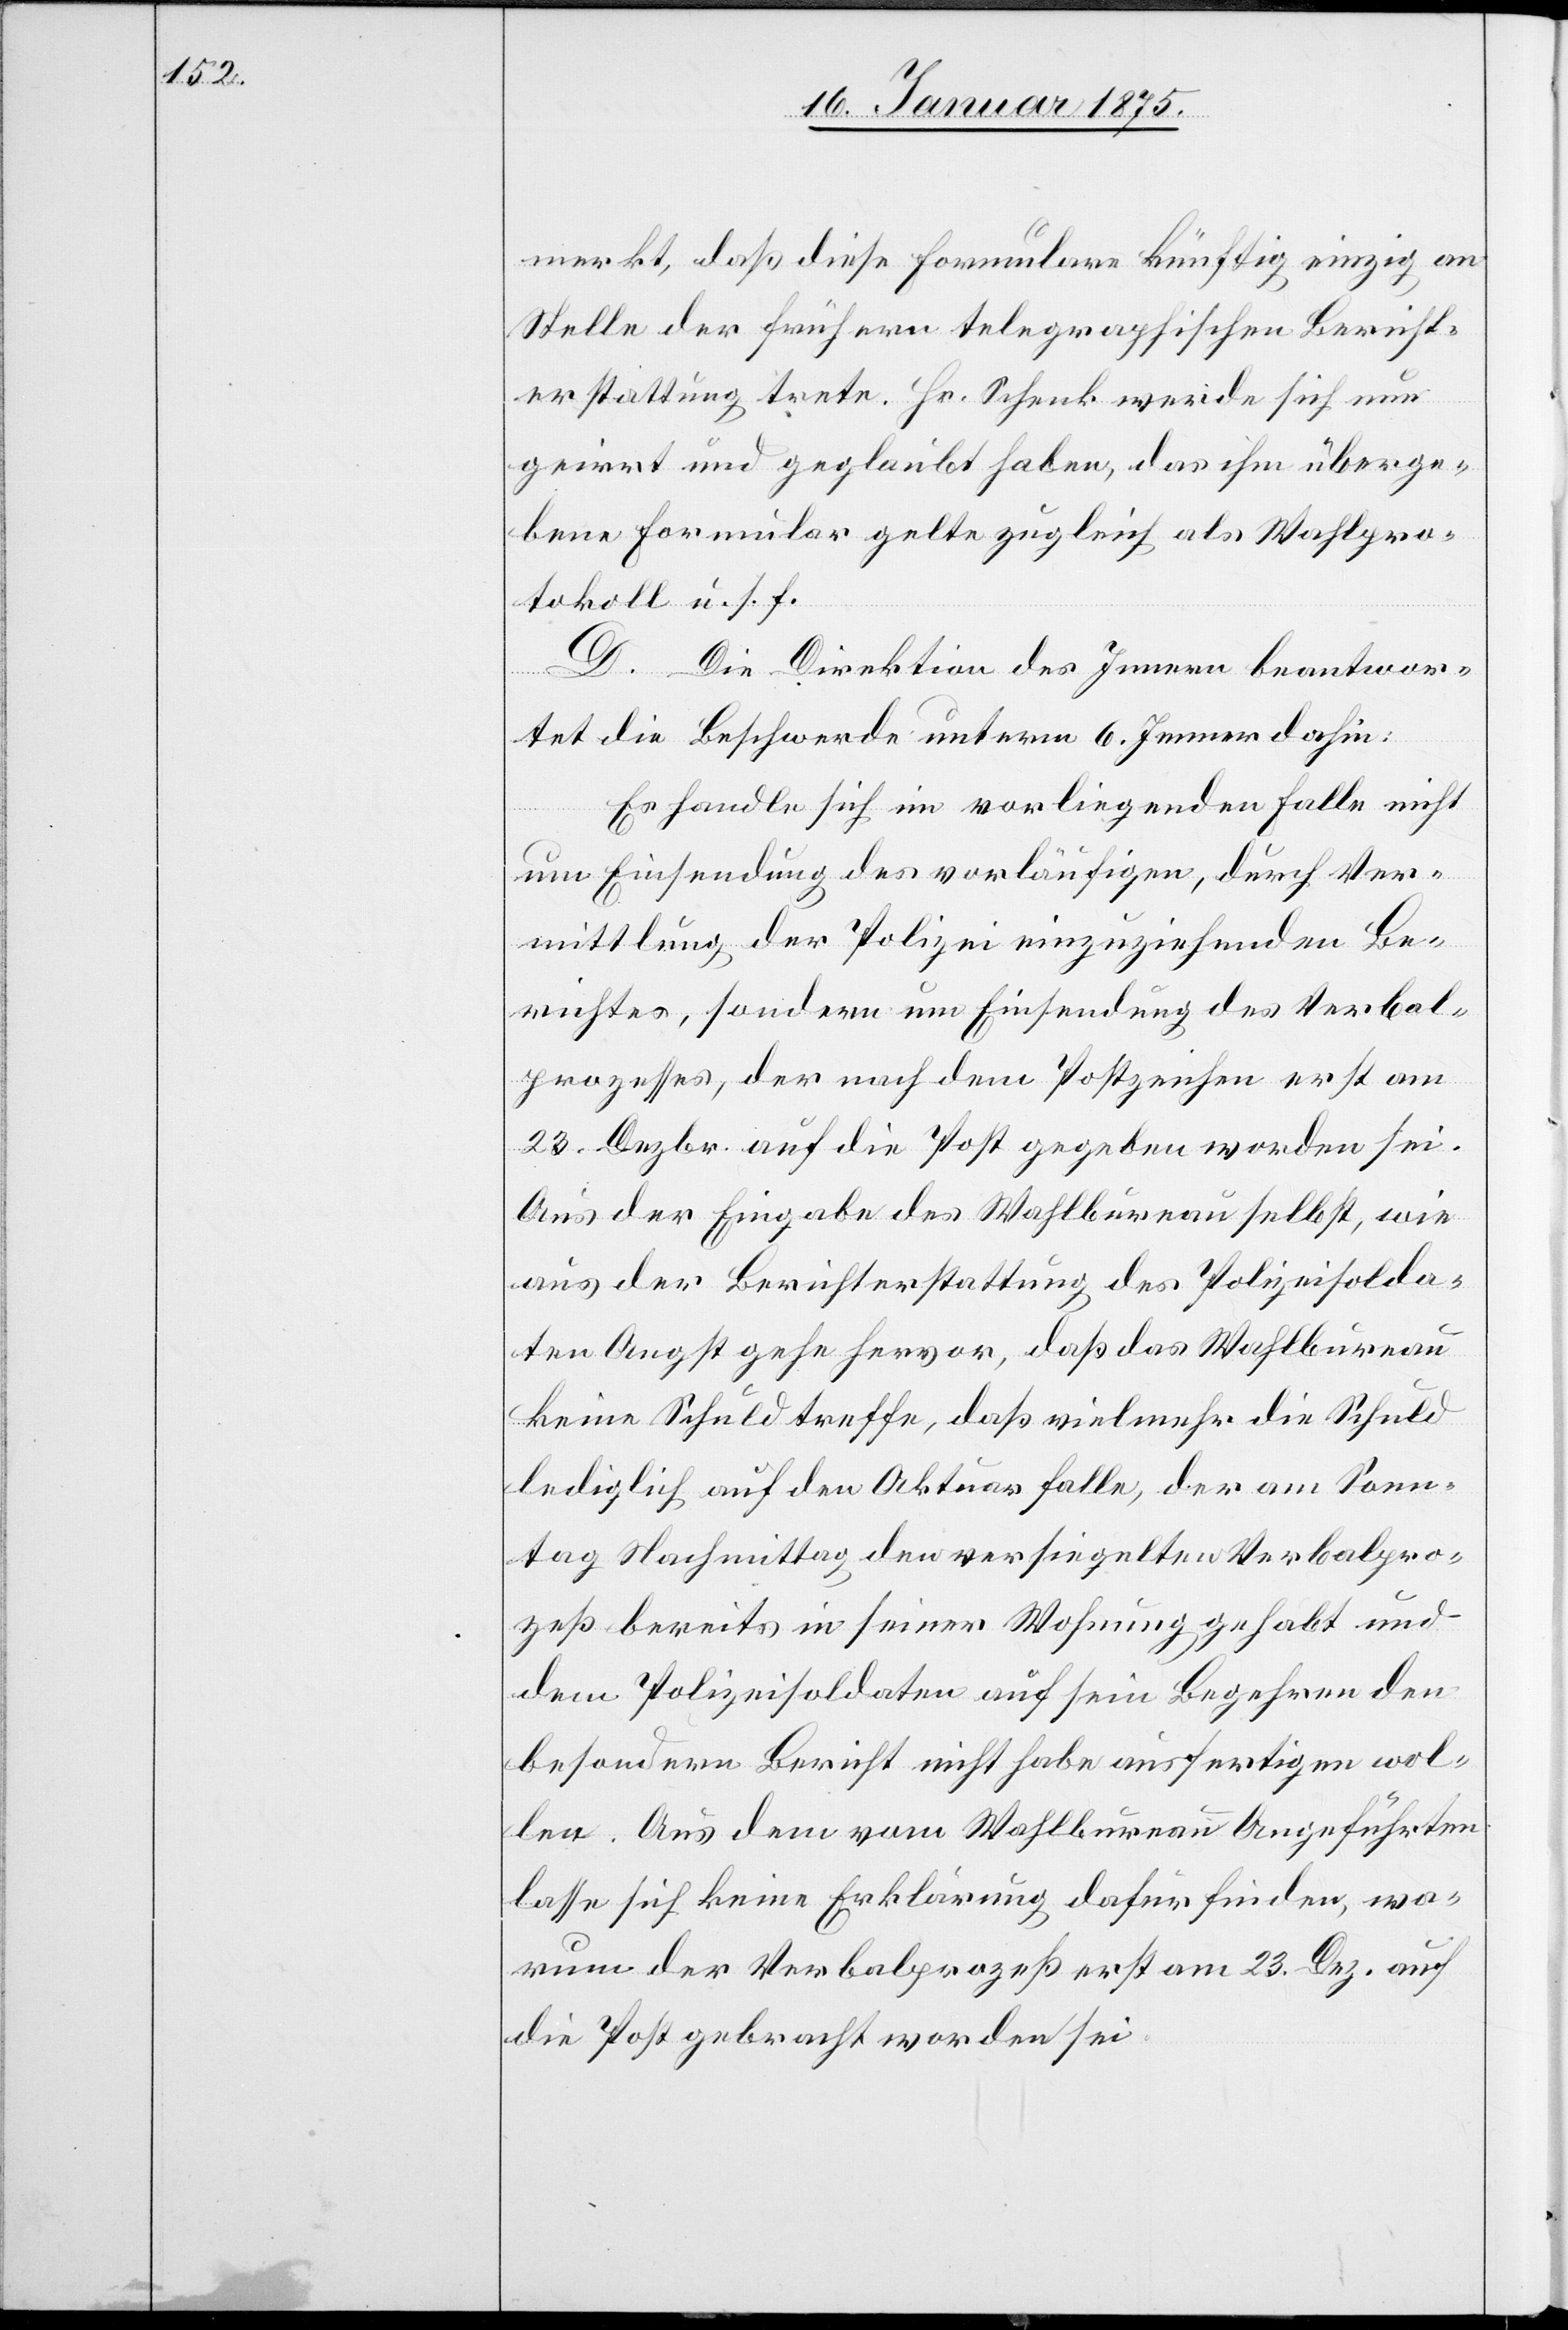
merkt, daß diese Formulare künftig einzig an
Stelle der frühern telegraphischen Bericht¬
erstattung trete. Hr. Schenk werde sich nur
geirrt und geglaubt haben, das ihm überge¬
bene Formular gelte zugleich als Wahlpro¬
tokoll u. s. f.
D. Die Direktion des Innern beantwor¬
tet die Beschwerde unterm 6. Jenner dahin:
Es handle sich im vorliegenden Falle nicht
um Einsendung des vorläufigen, durch Ver¬
mittlung der Polizei einzuziehenden Be¬
richtes, sondern um Einsendung des Verbal¬
prozesses, der nach dem Postzeichen erst am
23. Dezbr. auf die Post gegeben worden sei.
Aus der Eingabe des Wahlbureau selbst, wie
aus der Berichterstattung des Polizeisolda¬
ten Angst gehe hervor, daß das Wahlbureau
keine Schuld treffe, daß vielmehr die Schuld
lediglich auf den Aktuar falle, der am Sonn¬
tag Nachmittag den versiegelten Verbalpro¬
zeß bereits in seiner Wohnung gehabt und
dem Polizeisoldaten auf sein Begehren den
besondern Bericht nicht habe ausfertigen wol¬
len. Aus dem vom Wahlbureau Angeführten
lasse sich keine Erklärung dafür finden, wo¬
rum der Verbalprozeß erst am 23. Dez. auf
die Post gebracht worden sei.